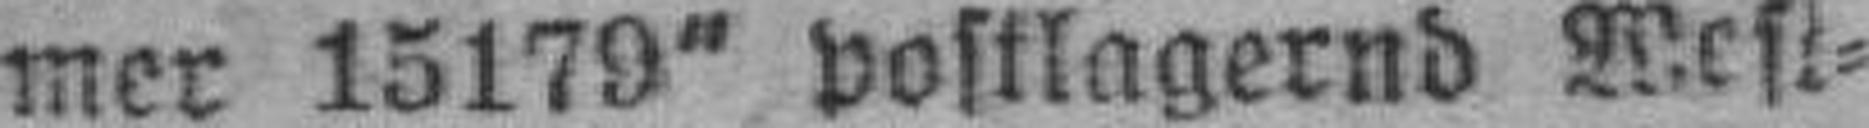
mer 15179“ postlagernd West¬